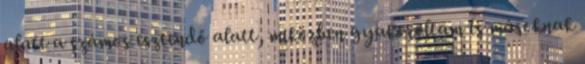
alatt a számos esztendő alatt, miközben gyakoroltam és másoknak